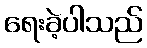
ရေးခဲ့ပါသည်